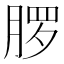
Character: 𬂂